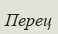
Перец